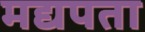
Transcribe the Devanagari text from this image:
मद्यपता